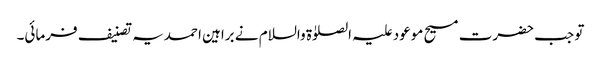
تو جب حضرت مسیح موعود علیہ الصلوٰۃ والسلام نے براہین احمدیہ تصنیف فرمائی۔